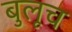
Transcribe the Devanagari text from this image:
बुलूच